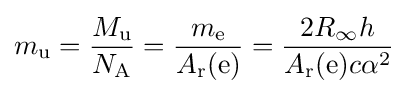
m_{\rm {u}}={\frac {M_{\rm {u}}}{N_{\rm {A}}}}={\frac {m_{\rm {e}}}{A_{\rm {r}}({\rm {e}})}}={\frac {2R_{\infty }h}{A_{\rm {r}}({\rm {e}})c\alpha ^{2}}}